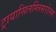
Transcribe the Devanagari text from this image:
ट्रायासिलग्लिसरोल्स